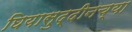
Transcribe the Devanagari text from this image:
घियासुद्दीनच्या